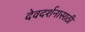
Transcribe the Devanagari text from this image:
देवदर्शनासाठी